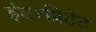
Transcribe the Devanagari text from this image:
इंटरप्रिटेट